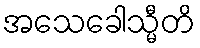
အသေခေါသ္မီတိ